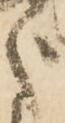
之